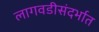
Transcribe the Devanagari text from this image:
लागवडीसंदर्भात